Lunatic asylums Punjab 1881-1894 - 1881-1894
Year: 1881
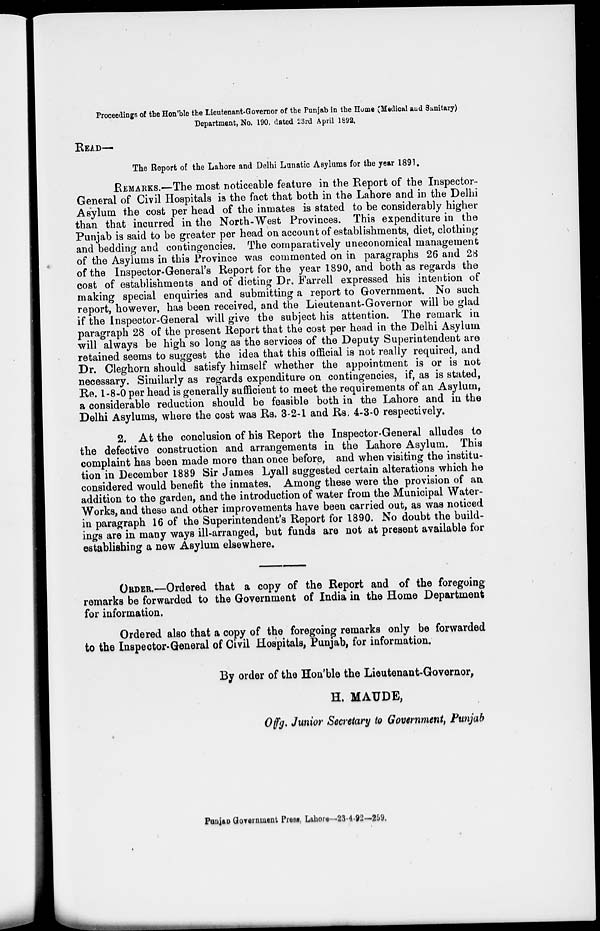
Proceedings of the Hon'ble the Lieutenant-Governor of the Punjab in the Home (Medical and Sanitary)
Department, No. 190, dated 23rd April 1892.
READ—
The Report of the Lahore and Delhi Lunatic Asylums for the year 1891.
REMARKS.—The most noticeable feature in the Report of the Inspector-
General of Civil Hospitals is the fact that both in the Lahore and in the Delhi
Asylum the cost per head of the inmates is stated to be considerably higher
than that incurred in the North-West Provinces. This expenditure in the
Punjab is said to be greater per head on account of establishments, diet, clothing
and bedding and contingencies. The comparatively uneconomical management
of the Asylums in this Province was commented on in paragraphs 26 and 28
of the Inspector-General's Report for the year 1890, and both as regards the
cost of establishments and of dieting Dr. Farrell expressed his intention of
making special enquiries and submitting a report to Government. No such
report, however, has been received, and the Lieutenant-Governor will be glad
if the Inspector-General will give the subject his attention. The remark in
paragraph 28 of the present Report that the cost per head in the Delhi Asylum
will always be high so long as the services of the Deputy Superintendent are
retained seems to suggest the idea that this official is not really required, and
Dr. Cleghorn should satisfy himself whether the appointment is or is not
necessary. Similarly as regards expenditure on contingencies, if, as is stated,
Re. 1-8-0 per head is generally sufficient to meet the requirements of an Asylum,
a considerable reduction should be feasible both in the Lahore and in the
Delhi Asylums, where the cost was Rs. 3-2-1 and Rs. 4-3-0 respectively.
2. At the conclusion of his Report the Inspector-General alludes to
the defective construction and arrangements in the Lahore Asylum. This
complaint has been made more than once before, and when visiting the institu-
tion in December 1889 Sir James Lyall suggested certain alterations which he
considered would benefit the inmates. Among these were the provision of an
addition to the garden, and the introduction of water from the Municipal Water-
Works, and these and other improvements have been carried out, as was noticed
in paragraph 16 of the Superintendent's Report for 1890. No doubt the build-
ings are in many ways ill-arranged, but funds are not at present available for
establishing a new Asylum elsewhere.
ORDER.—Ordered that a copy of the Report and of the foregoing
remarks be forwarded to the Government of India in the Home Department
for information.
Ordered also that a copy of the foregoing remarks only be forwarded
to the Inspector-General of Civil Hospitals, Punjab, for information.
By order of the Hon'ble the Lieutenant-Governor,
H. MAUDE,
Offg. Junior Secretary to Government, Punjab
Panjab Government Press Lahore—23-4-92—259.